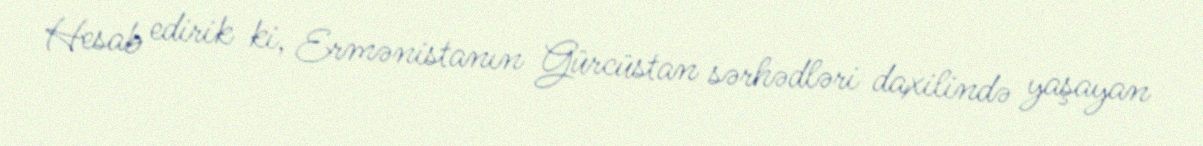
Hesab edirik ki, Ermənistanın Gürcüstan sərhədləri daxilində yaşayan